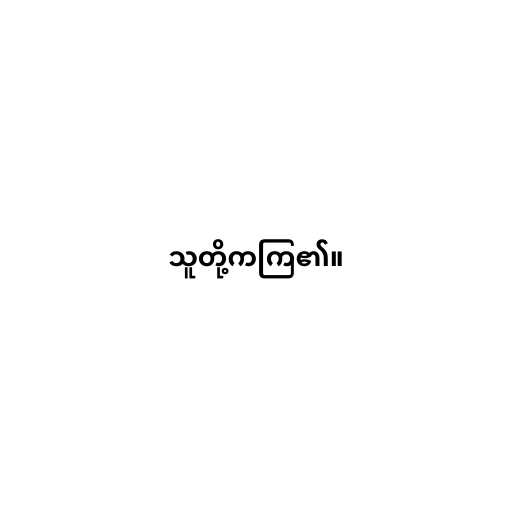
သူတို့ကကြ၏။